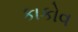
કાકોવ